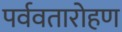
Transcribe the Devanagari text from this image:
पर्ववतारोहण